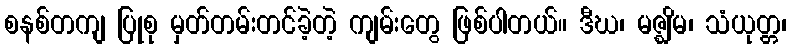
စနစ်တကျ ပြုစု မှတ်တမ်းတင်ခဲ့တဲ့ ကျမ်းတွေ ဖြစ်ပါတယ်။ ဒီဃ၊ မဇ္ဈိမ၊ သံယုတ္တ၊